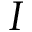
I